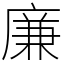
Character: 廉